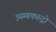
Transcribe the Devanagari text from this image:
त्र्यम्बकरुद्रो